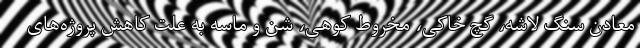
معادن سنگ لاشه، گچ‌ خاکی، مخروط کوهی، شن‌ و ماسه به علت کاهش پروژه‌های